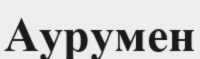
Аурумен